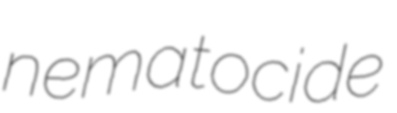
nematocide